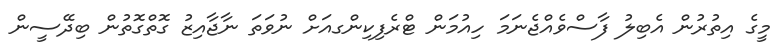
މީގެ އިތުރުން އެބިލު ފާސްވެއްޖެނަމަ ހިއުމަން ޓްރެފިކިންގއަށް ނުވަތަ ނާޖާއިޒު ގޮތްގޮތުން ބިދޭސީން